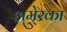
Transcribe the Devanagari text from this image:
अमेरका